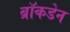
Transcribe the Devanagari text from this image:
ब्रॉकडेन